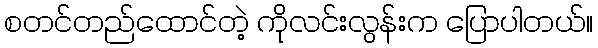
စတင်တည်ထောင်တဲ့ ကိုလင်းလွန်းက ပြောပါတယ်။